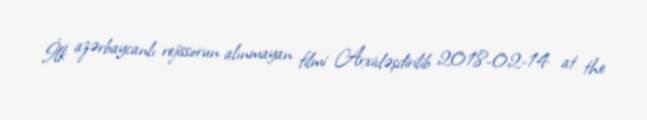
İlk azərbaycanlı rejissorun alınmayan filmi Arxivləşdirilib 2018-02-14 at the